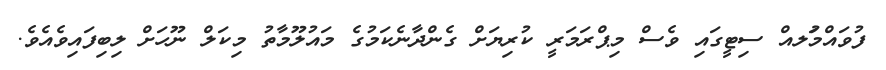
ފުވައްމުަލއް ސިޓީގައި ވެސް މިޕްރަމަރީ ކުރިޔަށް ގެންދާނެކަމުގެ މައުލޫމާތު މިކަލް ނޫހަށް ލިބިފައިވެއެވެ.